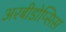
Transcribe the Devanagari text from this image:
अरबीडोप्सिस